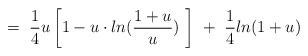
LaTeX: \begin{align*}= \ \frac{1}{4} u \left[ 1 - u \cdot ln( \frac{1+u}{u}) \ \right]\ + \ \frac{1}{4} ln ( 1 + u)\end{align*}